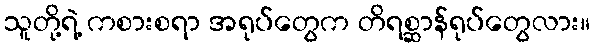
သူတို့ရဲ့ ကစားစရာ အရုပ်တွေက တိရစ္ဆာန်ရုပ်တွေလား။